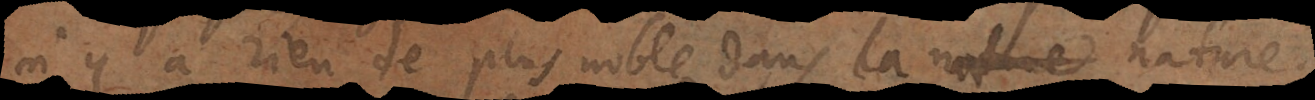
n’y a rien de plus noble dans la natur